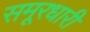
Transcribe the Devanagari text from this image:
समूरधारी